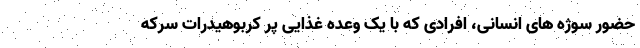
حضور سوژه های انسانی، افرادی که با یک وعده غذایی پر کربوهیدرات سرکه